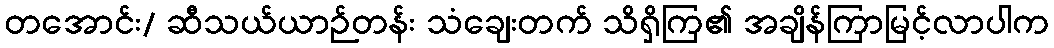
တအောင်း/ ဆီသယ်ယာဉ်တန်း သံချေးတက် သိရှိကြ၏ အချိန်ကြာမြင့်လာပါက